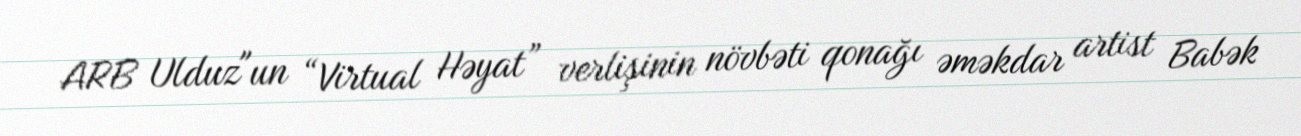
ARB Ulduz"un “Virtual Həyat” verlişinin növbəti qonağı əməkdar artist Babək